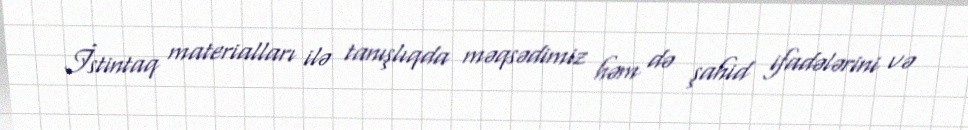
İstintaq materialları ilə tanışlıqda məqsədimiz həm də şahid ifadələrini və